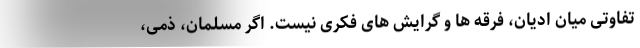
تفاوتی میان ادیان، فرقه ها و گرایش های فکری نیست. اگر مسلمان، ذمی،